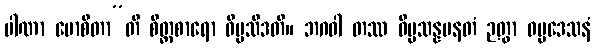
ပါဏာ မောစိတာ”တိ စိတ္တစာရော ဝိပ္ပသီဒတိ။ ဘဂဝါ တဿ ဝိပ္ပသန္နမနတံ ဉတွာ ဓမ္မဒေသနံ